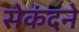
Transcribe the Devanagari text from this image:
सेकंदने